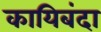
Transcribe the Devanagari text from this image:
कायिबंदा